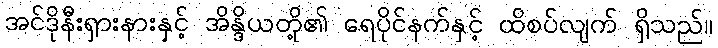
အင်ဒိုနီးရှားနားနှင့် အိန္ဒိယတို့၏ ရေပိုင်နက်နှင့် ထိစပ်လျက် ရှိသည်။